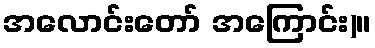
အလောင်းတော် အကြောင်း)။